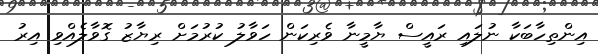
އިންތިހާބަކާ ނުލައި ރައީސް ޔާމީނާ ވެރިކަން ހަވާލު ކުރުމަށް ރިޔާޒު ގޮވާލެއްވި އިރު